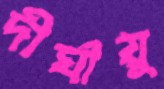
দীর্ঘায়ু